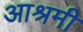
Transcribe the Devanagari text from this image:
आश्रमी